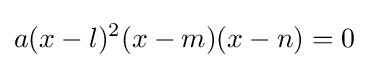
a(x-l)^{2}(x-m)(x-n)=0